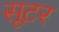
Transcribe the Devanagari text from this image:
सूटर